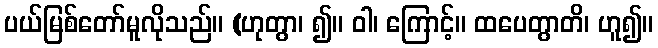
ပယ်မြစ်တော်မူလိုသည်။ (ဟုတွာ၊ ၍။ ဝါ၊ ကြောင့်။ ထပေတွာတိ၊ ဟူ၍။